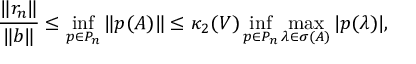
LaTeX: { \frac { \| r _ { n } \| } { \| b \| } } \leq \operatorname* { i n f } _ { p \in P _ { n } } \| p ( A ) \| \leq \kappa _ { 2 } ( V ) \operatorname* { i n f } _ { p \in P _ { n } } \operatorname* { m a x } _ { \lambda \in \sigma ( A ) } | p ( \lambda ) | ,